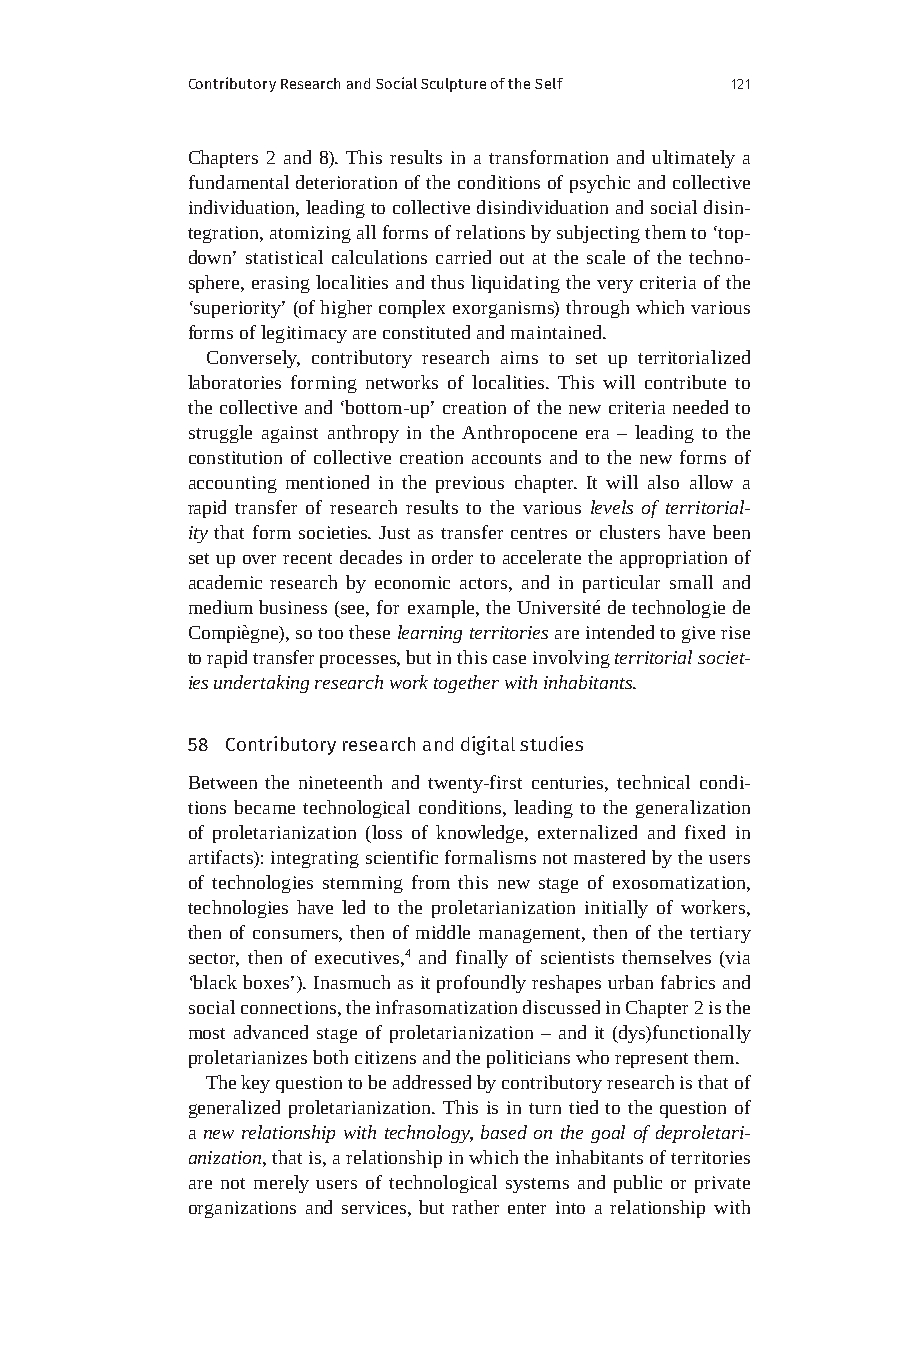
Contributory Research and Social Sculpture of the Self 121
 Chapters 2 and 8). This results in a transformation and ultimately a
 fundamental deterioration of the conditions of psychic and collective
 individuation, leading to collective disindividuation and social disin-
 tegration, atomizing all forms of relations by subjecting them to ‘top-
 down’ statistical calculations carried out at the scale of the techno-
 sphere, erasing localities and thus liquidating the very criteria of the
 ‘superiority’ (of higher complex exorganisms) through which various
 forms of legitimacy are constituted and maintained.
 Conversely, contributory research aims to set up territorialized
 laboratories forming networks of localities. This will contribute to
 the collective and ‘bottom-up’ creation of the new criteria needed to
 struggle against anthropy in the Anthropocene era – leading to the
 constitution of collective creation accounts and to the new forms of
 accounting mentioned in the previous chapter. It will also allow a
 rapid transfer of research results to the various levels of territorial-
 ity that form societies. Just as transfer centres or clusters have been
 set up over recent decades in order to accelerate the appropriation of
 academic research by economic actors, and in particular small and
 medium business (see, for example, the Université de technologie de
 Compiègne), so too these learning territories are intended to give rise
 to rapid transfer processes, but in this case involving territorial societ-
 ies undertaking research work together with inhabitants.
 58 Contributory research and digital studies
 Between the nineteenth and twenty-first centuries, technical condi-
 tions became technological conditions, leading to the generalization
 of proletarianization (loss of knowledge, externalized and fixed in
 artifacts): integrating scientific formalisms not mastered by the users
 of technologies stemming from this new stage of exosomatization,
 technologies have led to the proletarianization initially of workers,
 then of consumers, then of middle management, then of the tertiary
 sector, then of executives,4 and finally of scientists themselves (via
 ‘black boxes’). Inasmuch as it profoundly reshapes urban fabrics and
 social connections, the infrasomatization discussed in Chapter 2 is the
 most advanced stage of proletarianization – and it (dys)functionally
 proletarianizes both citizens and the politicians who represent them.
 The key question to be addressed by contributory research is that of
 generalized proletarianization. This is in turn tied to the question of
 a new relationship with technology, based on the goal of deproletari-
 anization, that is, a relationship in which the inhabitants of territories
 are not merely users of technological systems and public or private
 organizations and services, but rather enter into a relationship with